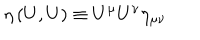
LaTeX: \eta \left( U , U \right) \equiv U ^ { \mu } U ^ { \nu } \eta _ { \mu \nu }